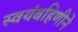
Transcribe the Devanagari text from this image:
स्वयंबहिणीने